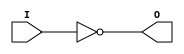
`timescale 1ns / 1ps

module NOT(

input I,
output O

    );
    
   assign O=~I;
endmodule